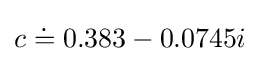
c\doteq 0.383-0.0745i